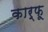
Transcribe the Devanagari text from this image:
कार्फू